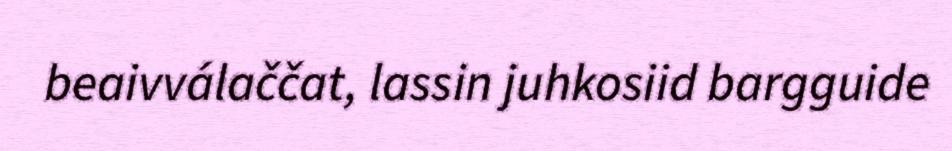
beaivválaččat, lassin juhkosiid bargguide